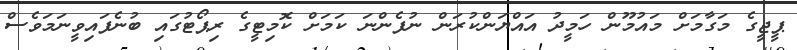
ޕީޖީގެ މަގާމަށް މައުމޫން ހަމީދު އައްޔަންކުރަން ނުފެންނަ ކަމަށް ކޮމިޓީގެ ރިޕޯޓުގައި ބުނެފައިވީނަމަވެސް